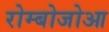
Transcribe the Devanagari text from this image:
रोम्बोजोआ